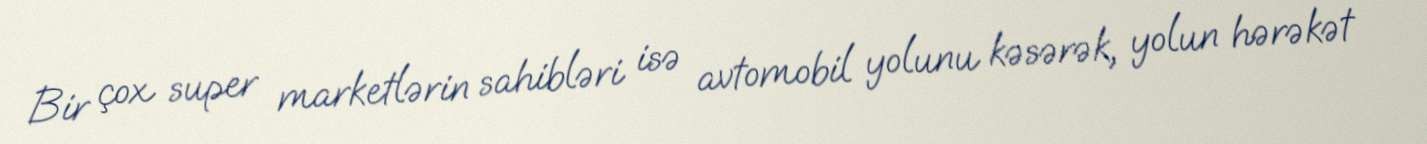
Bir çox super marketlərin sahibləri isə avtomobil yolunu kəsərək, yolun hərəkət